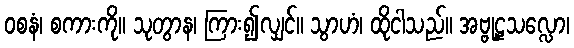
ဝစနံ၊ စကားကို။ သုတွာန၊ ကြား၍လျှင်။ သွာဟံ၊ ထိုငါသည်။ အဗ္ဗုဠှသလ္လော၊